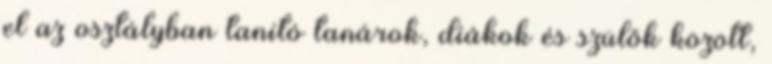
el az osztályban tanító tanárok, diákok és szülők között,